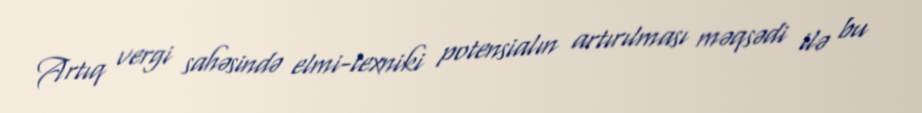
Artıq vergi sahəsində elmi-texniki potensialın artırılması məqsədi ilə bu